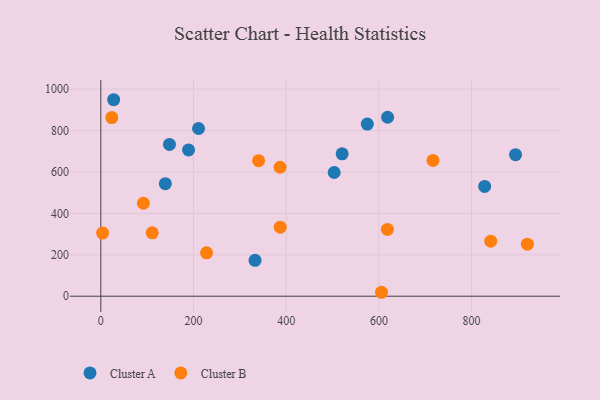
{"axis": {"x": "Price", "y": "Exam Score"}, "legend": ["Cluster A", "Cluster B"], "data": [{"x": "894.9", "y": 684.0, "type": "Cluster A"}, {"x": "503.5", "y": 597.6, "type": "Cluster A"}, {"x": "520.7", "y": 687.7, "type": "Cluster A"}, {"x": "332.8", "y": 173.6, "type": "Cluster A"}, {"x": "618.8", "y": 864.7, "type": "Cluster A"}, {"x": "27.7", "y": 949.3, "type": "Cluster A"}, {"x": "148.1", "y": 733.3, "type": "Cluster A"}, {"x": "139.2", "y": 543.8, "type": "Cluster A"}, {"x": "210.9", "y": 810.3, "type": "Cluster A"}, {"x": "828.2", "y": 530.4, "type": "Cluster A"}, {"x": "189.3", "y": 706.8, "type": "Cluster A"}, {"x": "575.0", "y": 831.8, "type": "Cluster A"}, {"x": "340.4", "y": 654.8, "type": "Cluster B"}, {"x": "3.9", "y": 305.2, "type": "Cluster B"}, {"x": "605.6", "y": 19.0, "type": "Cluster B"}, {"x": "386.8", "y": 623.0, "type": "Cluster B"}, {"x": "841.3", "y": 265.9, "type": "Cluster B"}, {"x": "920.4", "y": 251.6, "type": "Cluster B"}, {"x": "716.7", "y": 656.2, "type": "Cluster B"}, {"x": "91.9", "y": 449.1, "type": "Cluster B"}, {"x": "110.9", "y": 306.0, "type": "Cluster B"}, {"x": "618.4", "y": 322.5, "type": "Cluster B"}, {"x": "23.6", "y": 863.2, "type": "Cluster B"}, {"x": "387.2", "y": 333.7, "type": "Cluster B"}, {"x": "228.2", "y": 209.6, "type": "Cluster B"}]}